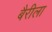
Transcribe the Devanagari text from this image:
बैरीला